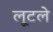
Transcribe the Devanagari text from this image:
लूटले